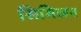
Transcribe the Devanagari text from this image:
सिमिलन